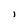
Character: i